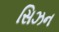
સિઝન